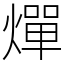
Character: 燀